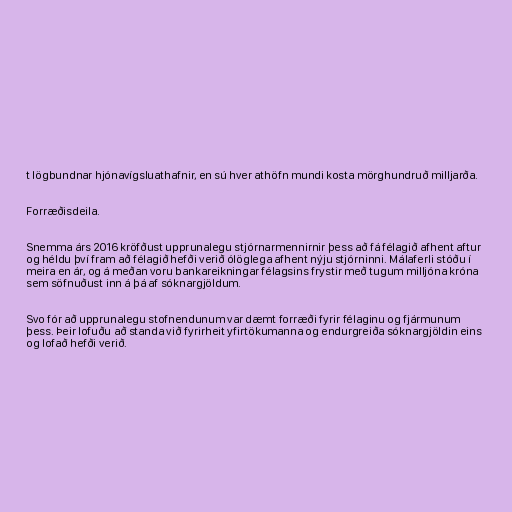
t lögbundnar hjónavígsluathafnir, en sú hver athöfn mundi kosta mörghundruð milljarða.

Forræðisdeila.

Snemma árs 2016 kröfðust upprunalegu stjórnarmennirnir þess að fá félagið afhent aftur
og héldu því fram að félagið hefði verið ólöglega afhent nýju stjórninni. Málaferli stóðu í
meira en ár, og á meðan voru bankareikningar félagsins frystir með tugum milljóna króna
sem söfnuðust inn á þá af sóknargjöldum.

Svo fór að upprunalegu stofnendunum var dæmt forræði fyrir félaginu og fjármunum
þess. Þeir lofuðu að standa við fyrirheit yfirtökumanna og endurgreiða sóknargjöldin eins
og lofað hefði verið.